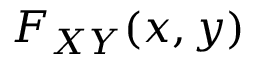
F _ { X Y } ( x , y )